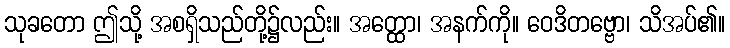
သုခတော ဤသို့ အစရှိသည်တို့၌လည်း။ အတ္ထော၊ အနက်ကို။ ဝေဒိတဗ္ဗော၊ သိအပ်၏။